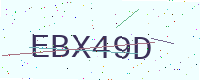
Text: EBX49D